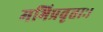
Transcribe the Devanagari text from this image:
मभिप्रवृत्ताः।